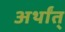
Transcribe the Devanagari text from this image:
अर्थांत्